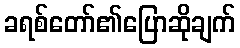
ခရစ်တော်၏ပြောဆိုချက်